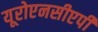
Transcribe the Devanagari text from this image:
यूरोएनसीएपी